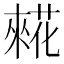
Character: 𰱷